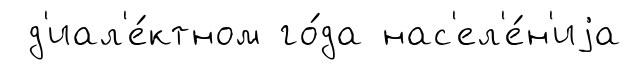
д'иал'е́ктном го́да нас'ел'е́н'иjа